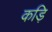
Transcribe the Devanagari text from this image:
कड़ि